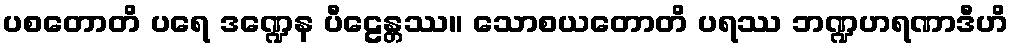
ပစတောတိ ပရေ ဒဏ္ဍေန ပီဠေန္တဿ။ သောစယတောတိ ပရဿ ဘဏ္ဍဟရဏာဒီဟိ